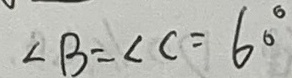
\angle B = \angle C = 6 0 ^ { \circ }